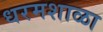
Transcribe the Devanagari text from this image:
धरमशाळा